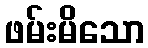
ဖမ်းမိသော